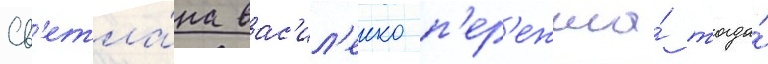
Св'етла́на вас'ил'енко п'ер'ежила́ тогда́